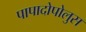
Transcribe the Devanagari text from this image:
पापादोपोलुस